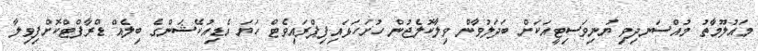
މައުލޫމާތު މުއްސަނދިވި ޔުނިވަސިޓީއަކަށް ބަދަލުވާން ވިލާކޮލެޖުން ހުށަހަޅައިފިޕްރައިވެޓް ހަޔަ އެޑިއުކޭޝަންގެ ބިލެއް ޑްރާފްޓްކޮށްފިވިލާ